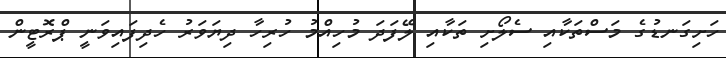
ހަށިގަނޑުގެ މަސްތަކާއި ސެލޯށި ތަކާއި ލޭފަދަ މުހިއްމު ހުރިހާ ދިޔަވަރު ހެދިފައިވަނީ ޕްރޮޓީން